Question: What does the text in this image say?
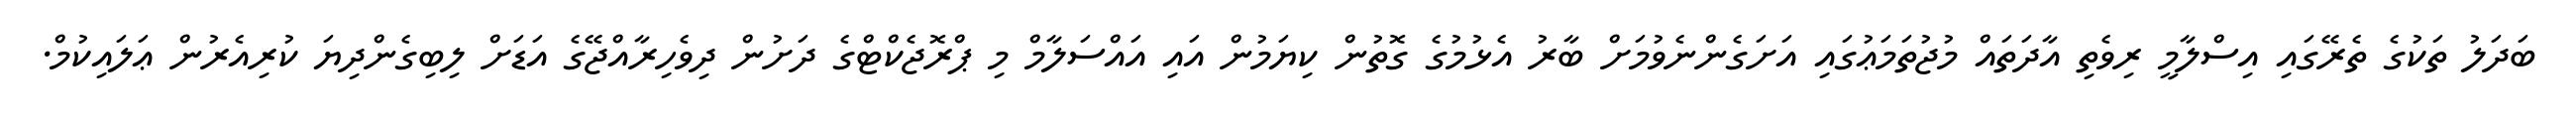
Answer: ބަދަލު ތަކުގެ ތެރޭގައި އިސްލާމީ ރިވެތި އާދަތައް މުޖުތަމަޢުގައި އަށަގެންނެވުމަށް ބާރު އެޅުމުގެ ގޮތުން ކިޔަމުން އައި އައްސަލާމް މި ޕްރޮޖެކްޓްގެ ދަށުން ދިވެހިރާއްޖޭގެ އަޑަށް ލިބިގެންދިޔަ ކުރިއެރުން ޢަލައިކުމް.